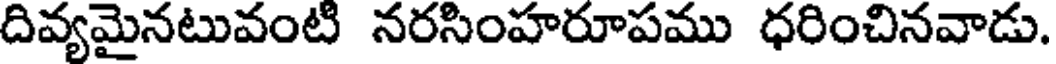
దివ్యమైనటువంటి నరసింహరూపము ధరించినవాడు.